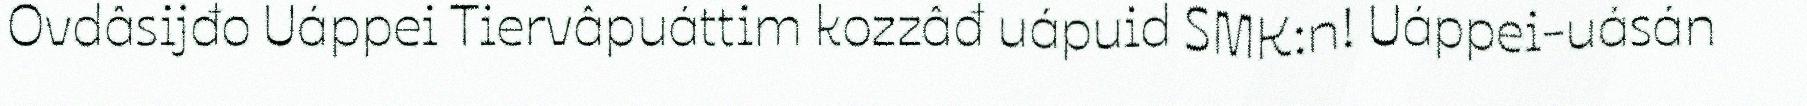
Ovdâsijđo Uáppei Tiervâpuáttim kozzâđ uápuid SMK:n! Uáppei-uásán